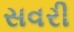
સવરી